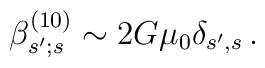
\beta^{(10)}_{s';s}\sim 2G\mu_0\delta_{s',s}\, .